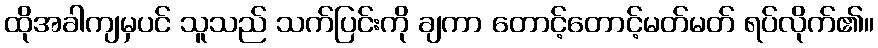
ထိုအခါကျမှပင် သူသည် သက်ပြင်းကို ချကာ တောင့်တောင့်မတ်မတ် ရပ်လိုက်၏။